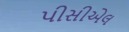
પીસીએલ